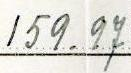
159.97